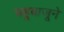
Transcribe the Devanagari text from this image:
चहूबाजूने